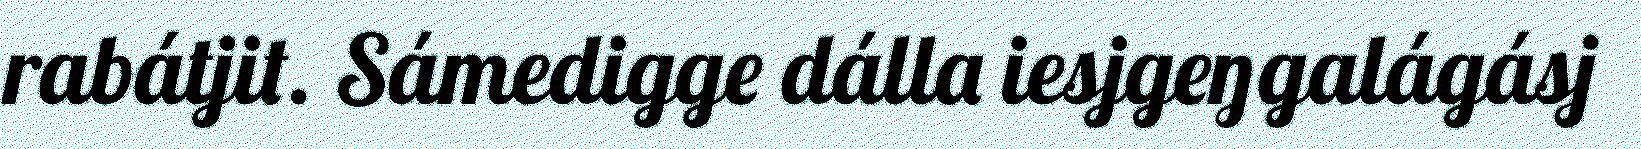
rabátjit. Sámedigge dálla iesjgeŋgalágásj